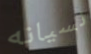
نسيانه